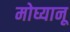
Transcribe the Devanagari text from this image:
मोघ्यानू